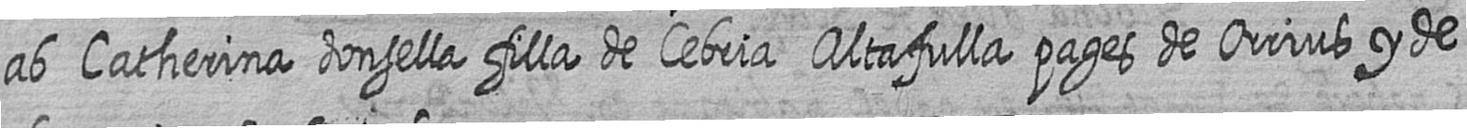
ab Catherina donsella filla de Cebria Altafulla pages de Orrius y de